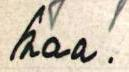
kaa.